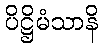
ပိဋ္ဌိမံသာနိ